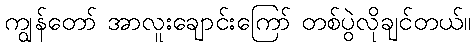
ကျွန်တော် အာလူးချောင်းကြော် တစ်ပွဲလိုချင်တယ်။